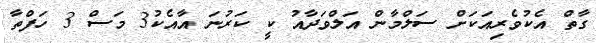
ގާތް އެކުވެރިއަކަށް ސަލްމާން އަލްވަދާއު ކީ ކަރުނަ އާއެކު3 މަސް 3 ހަފްތާ